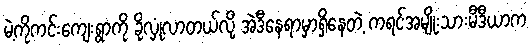
မဲ့ကိုကင်းကျေးရွာကို ခိုလှုံလာတယ်လို့ အဲဒီနေရာမှာရှိနေတဲ့ ကရင်အမျိုးသားမီဒီယာက